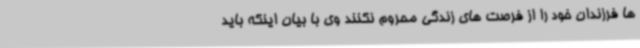
ها فرزندان خود را از فرصت های زندگی محروم نکنند وی با بیان اینکه باید